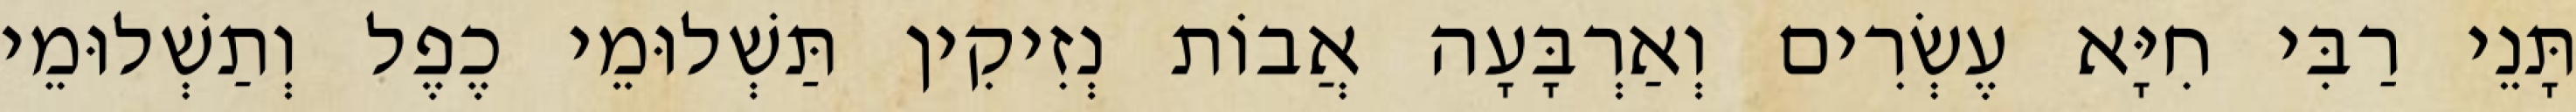
תָּנֵי רַבִּי חִיָּא עֶשְׂרִים וְאַרְבָּעָה אֲבוֹת נְזִיקִין תַּשְׁלוּמֵי כֶפֶל וְתַשְׁלוּמֵי